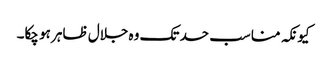
کیونکہ مناسب حد تک وہ جلال ظاہر ہو چکا۔